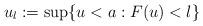
LaTeX: \begin{align*}u_l:=\sup\{u<a: F(u)<l\}\end{align*}